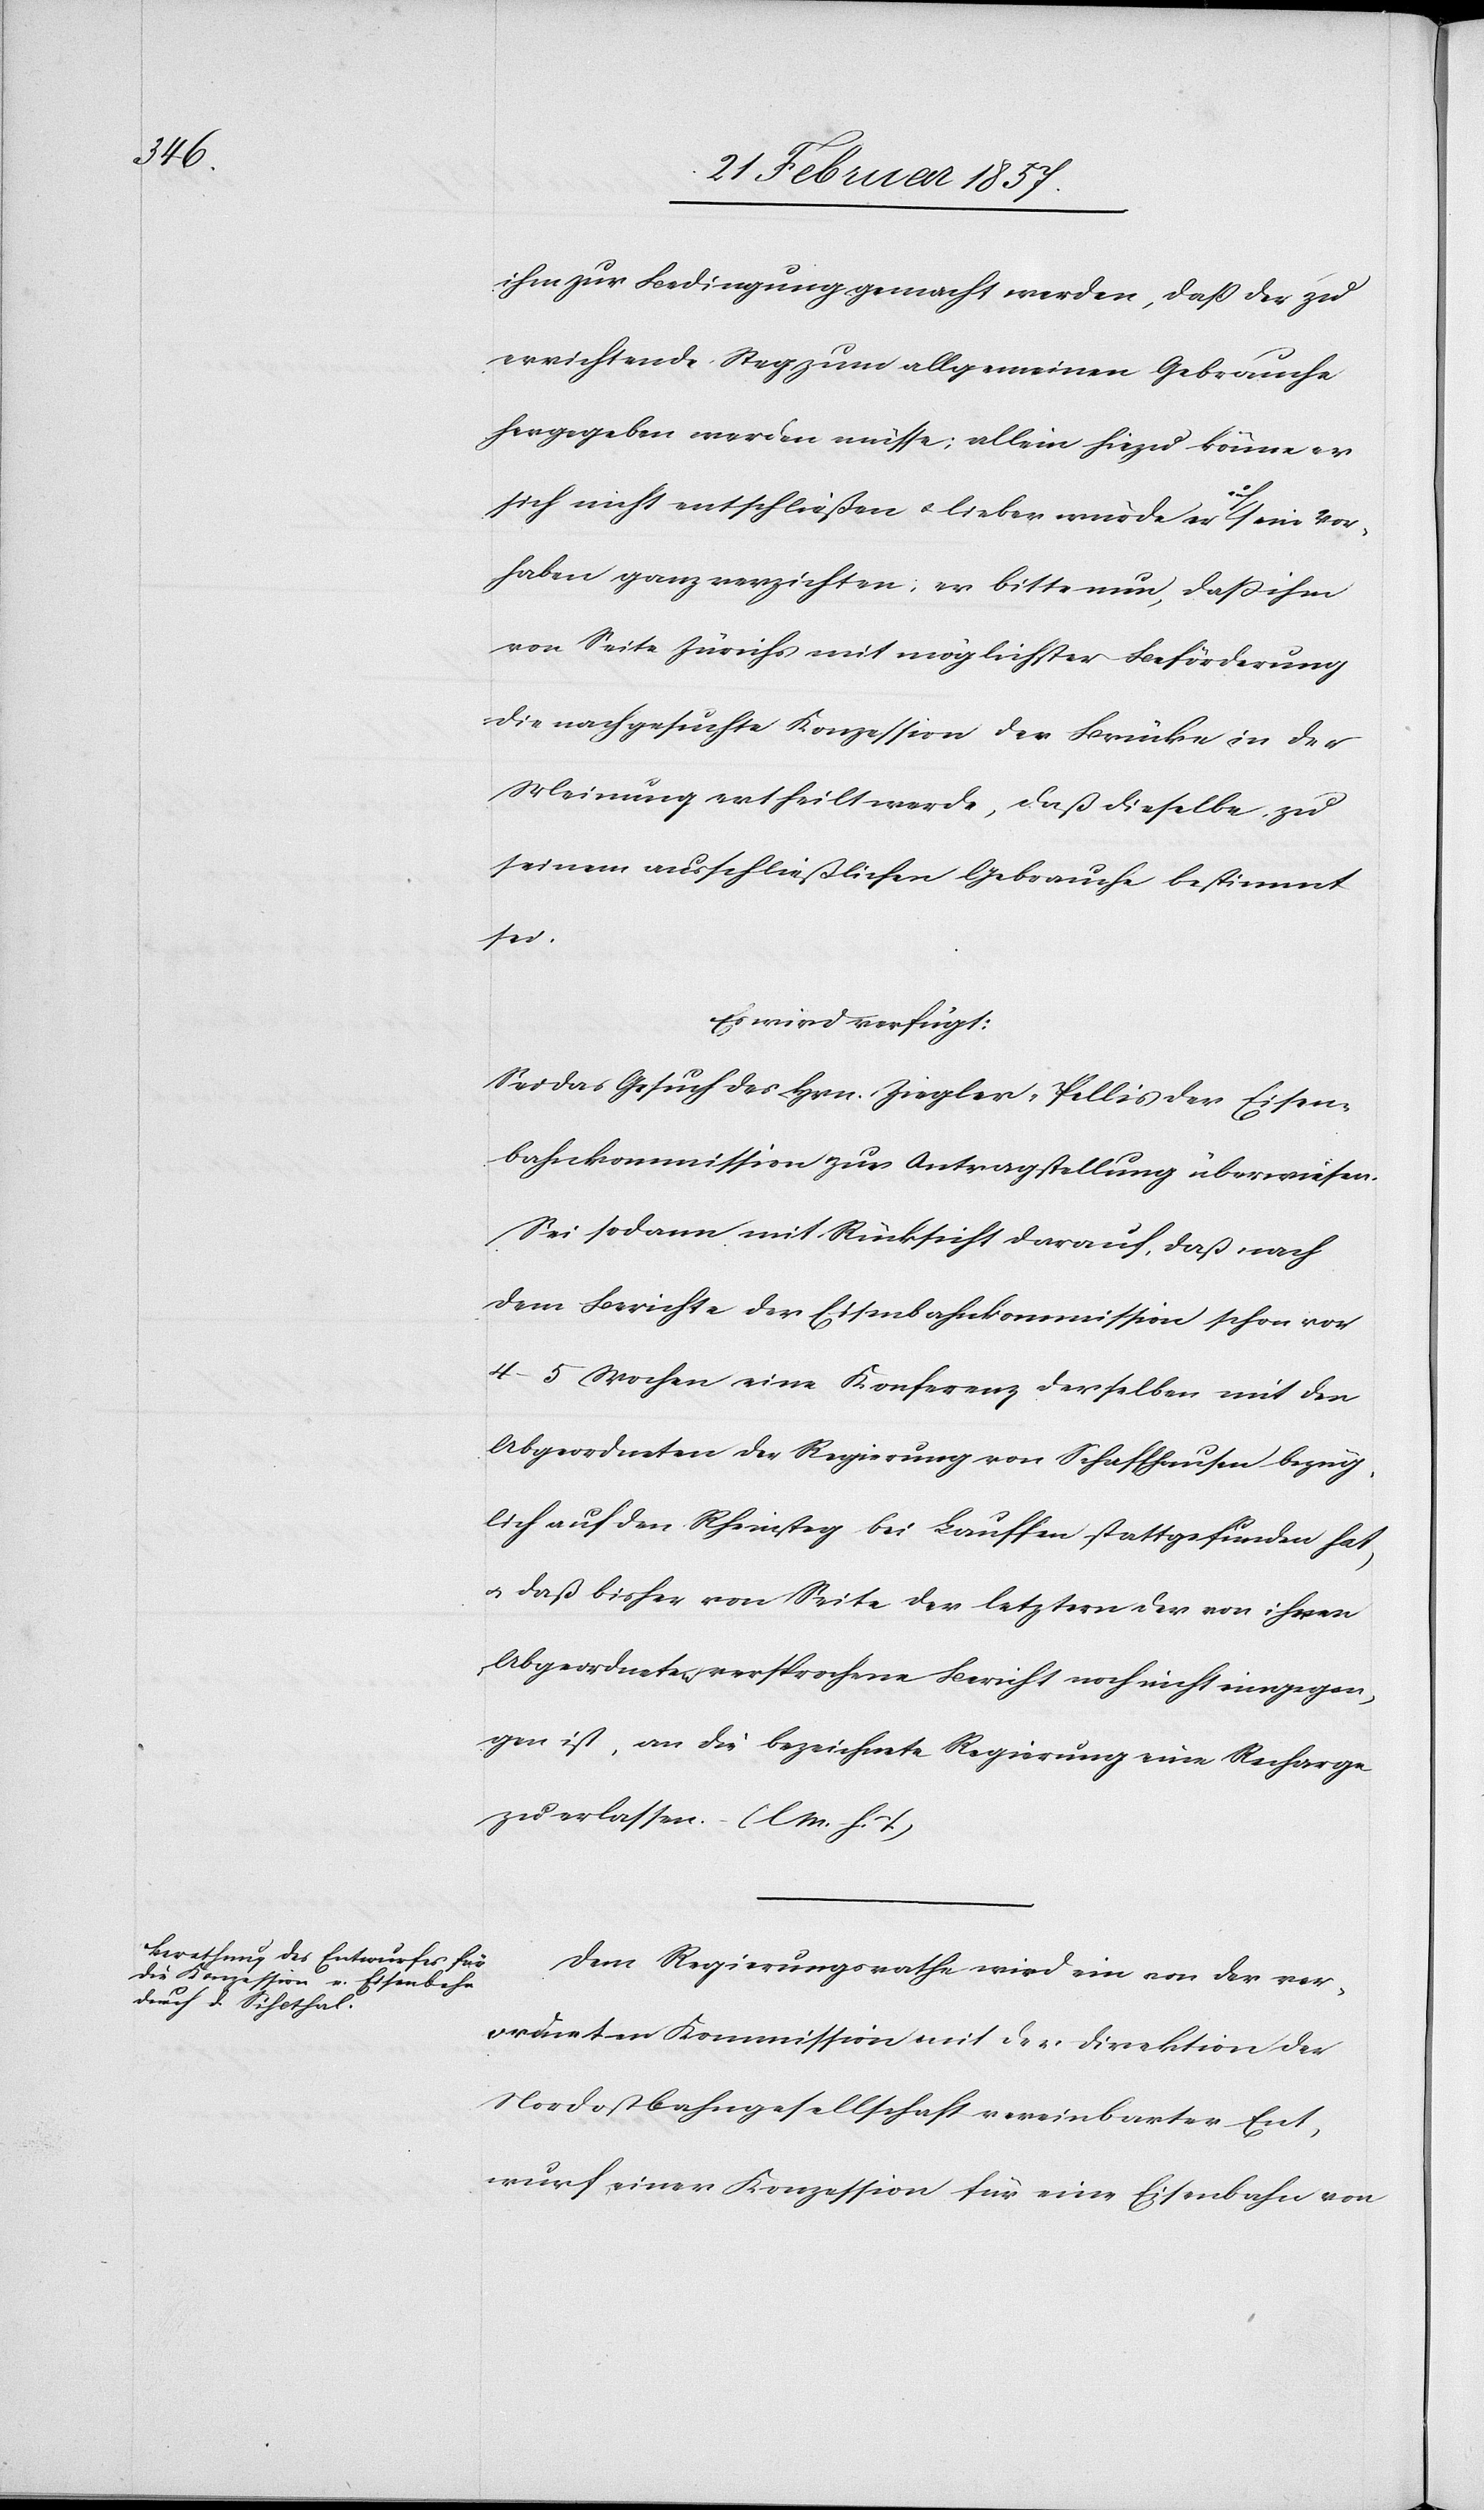
ihm zur Bedingung gemacht werden, daß der zu
errichtende Steg zum allgemeinen Gebrauche
hergegeben werden müsse; allein hiezu könne er
sich nicht entschließen u. lieber würde er auf sein Vor¬
haben ganz verzichten; er bitte nun, daß ihm
von Seite Zürichs mit möglichster Beförderung
die nachgesuchte Konzession der Brücke in der
Meinung ertheilt werde, daß dieselbe zu
seinem ausschließlichen Gebrauche bestimmt
sei.
Es wird verfügt:
Sei das Gesuch des Hrn. Ziegler-Pellis der Eisen¬
bahnkommission zur Antragstellung überweisen.
Sei sodann mit Rücksicht darauf, daß nach
dem Berichte der Eisenbahnkommission schon vor
4–5 Wochen eine Konferenz derselben mit der
Abgeordneten der Regierung von Schaffhausen bezüg¬
lich auf den Rheinsteg bei Lauffen stattgefunden hat,
u. daß bisher von Seite der letztern der von ihren
Abgeordneten versprochene Bericht noch nicht eingegan¬
gen ist, an die bezeichnete Regierung eine Recharge
zu erlassen. (l. M. h. T.)
Dem Regierungsrathe wird ein von der ver¬
ordneten Kommission mit der Direktion der
Nordostbahngesellschaft vereinbarten Ent¬
wurf einer Konzession für eine Eisenbahn von